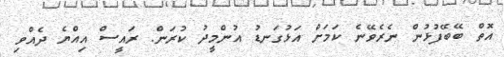
އޮތް ބޭބޭފުޅުން ނެރެވޭނެ ކަމަށް އަޅުގަނޑު އުންމީދު ކުރަން. ރައީސް އިއްޔެ ދެއްވި